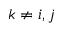
k \neq i , j